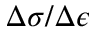
\Delta \sigma / \Delta \epsilon